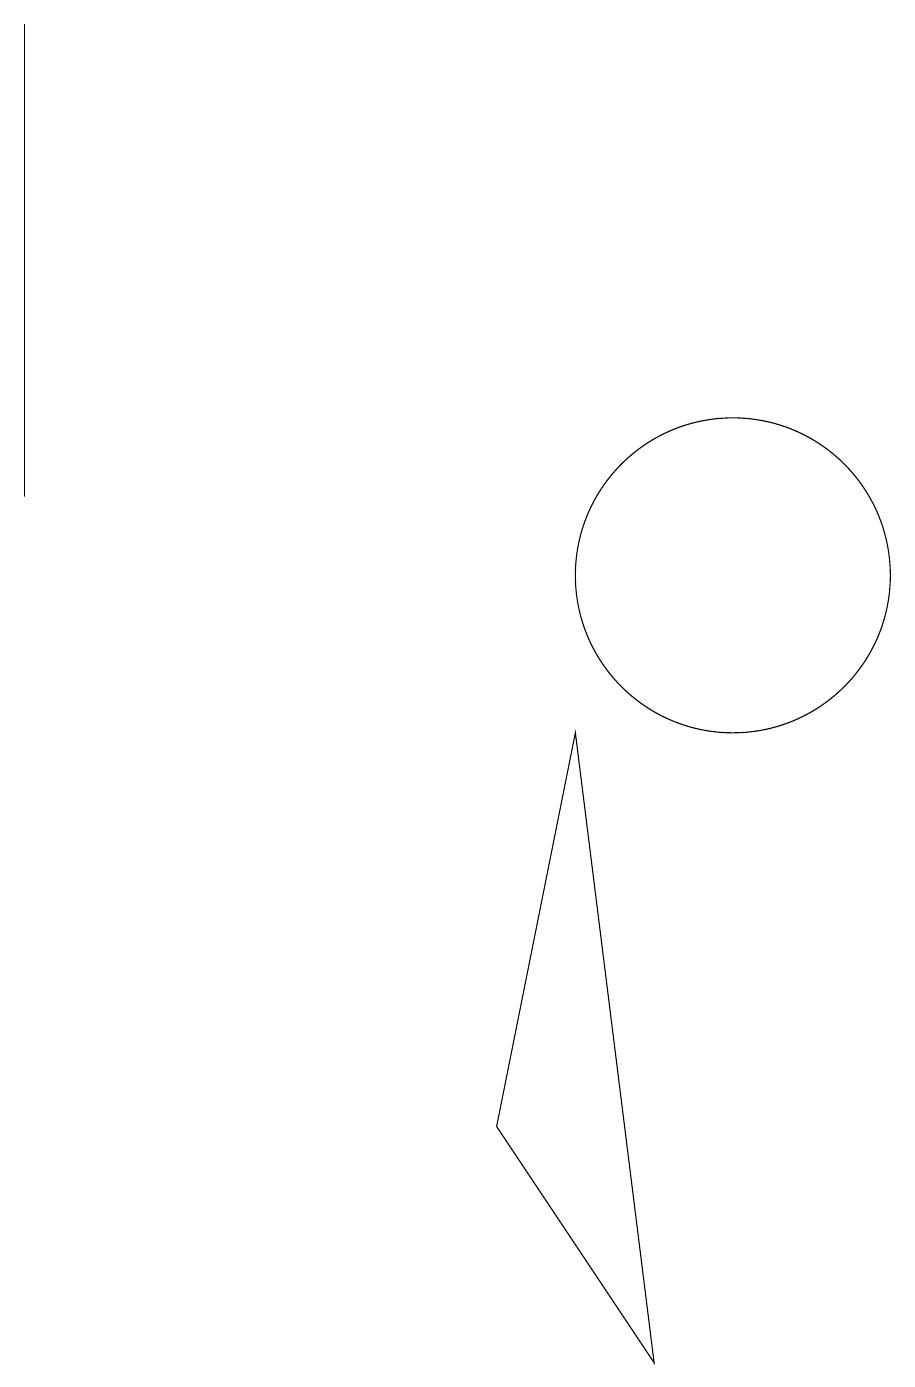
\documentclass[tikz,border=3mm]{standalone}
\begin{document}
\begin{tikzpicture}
\draw (10,11) circle (2);
\draw (1,12) rectangle (1,18);
\draw (8,9) -- (9,1) -- (7,4) -- cycle;
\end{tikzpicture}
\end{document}